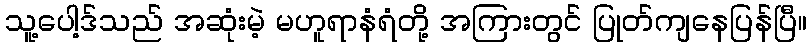
သူ့ပေါ့ဒ်သည် အဆုံးမဲ့ မဟူရာနံရံတို့ အကြားတွင် ပြုတ်ကျနေပြန်ပြီ။